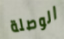
الوصلة